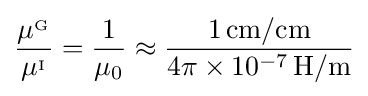
{\frac {\mu ^{_{\mathrm {G} }}}{\mu ^{_{\mathrm {I} }}}}={\frac {1}{\mu _{0}}}\approx {\frac {1\,\mathrm {cm/cm} }{4\pi \times 10^{-7}\,\mathrm {H/m} }}